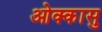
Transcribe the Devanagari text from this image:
ओक्कासु